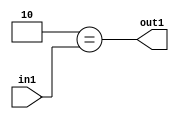
`timescale 1ps / 1ps
/*****************************************************************************
    Verilog RTL Description
    
    
    Created by: Stratus DpOpt 2019.1.01 
*******************************************************************************/

module feature_write_addr_gen_Eqi2u8_4 (
	in1,
	out1
	); /* architecture "behavioural" */ 
input [7:0] in1;
output  out1;
wire  asc001;

assign asc001 = (13'B0000000000010==in1);

assign out1 = asc001;
endmodule

/* CADENCE  urnwTAE= : u9/ySgnWtBlWxVPRXgAZ4Og= ** DO NOT EDIT THIS LINE ******/